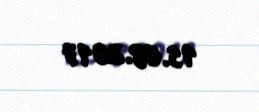
15.08.2017